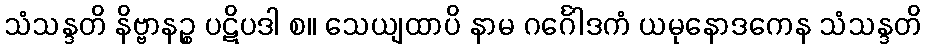
သံသန္ဒတိ နိဗ္ဗာနဉ္စ ပဋိပဒါ စ။ သေယျထာပိ နာမ ဂင်္ဂေါဒကံ ယမုနောဒကေန သံသန္ဒတိ